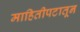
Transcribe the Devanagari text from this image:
माहितीपटातून